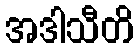
အဒါသီတိ